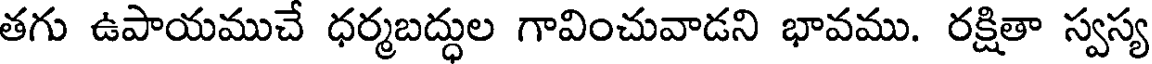
తగు ఉపాయముచే ధర్మబద్ధుల గావించువాడని భావము. రక్షితా స్వస్య